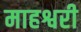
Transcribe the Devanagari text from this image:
माहश्वरी